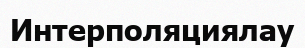
Интерполяциялау